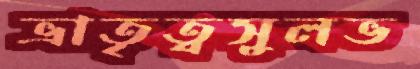
ভ্রাতৃত্বসুলভ